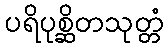
ပရိပုစ္ဆိတသုတ္တံ